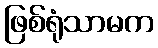
ဖြစ်ရုံသာမက